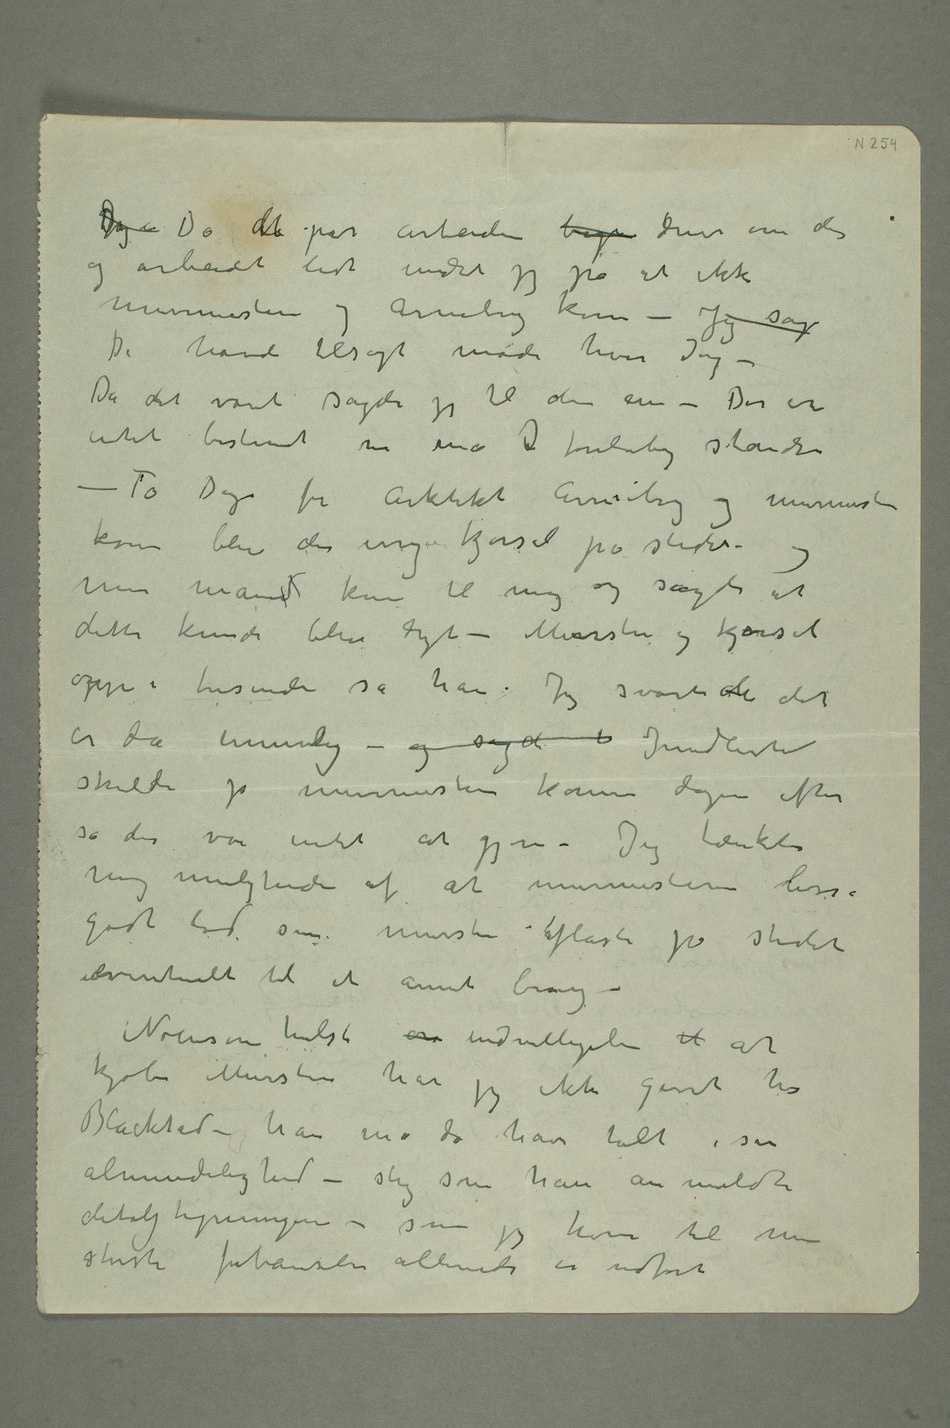
DJeg  Da detet par arbeidere brug drev en dag
og arbeidet lidt undret jeg på at ikke
murmesteren og Arneberg kom – Jeg sag
– Da det varet sagde jeg til den ene – Der er
intet bestemt nu må  foreløbig standse
– To Dage før Arkitekt Arneberg og murmesteren
kom blev der ny kjørsel på stedet og
min mand kom til mig og sagde at
dette kunde blive dyrt – Mursten og kjørsel
opp i tusinde sa han. Jeg svarte de det
er da umulig – og sagde  Imidlertid
skulde jo murmesteren komme dagen efter
så der var intet at gjøre. Jeg tænkte
mig muligheden af at murmesteren lisså
godt lod sin mursten aflaste på stedet
eventuelt til et annet brug –
Noensom helst  indvillgelse til at
kjøbe Mursten har jeg ikke givet hos
Blackstad – han må da have talt i sin
almindelighed – slig som han an meldte
detaljtegningen – som jeg hører til min
største forbauselse allerede er udført